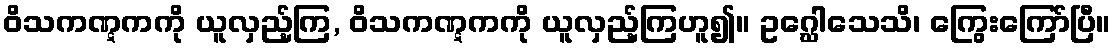
ဝိသကဏ္ဋကကို ယူလှည့်ကြ, ဝိသကဏ္ဋကကို ယူလှည့်ကြဟူ၍။ ဥဂ္ဃေါသေသိ၊ ကြွေးကြော်ပြီ။